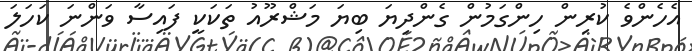
އެހެންވެ ކުރިން ހިންގަމުން ގެންދިޔަ ބިޔަ މަޝްރޫއު ތަކަކީ ފައިސާ ވަންނަ ކަހަލަ